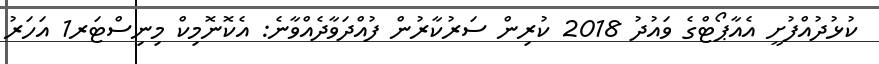
ކުޅުދުއްފުށީ އެއާޕޯޓްގެ ވައުދު 2018 ކުރިން ސަރުކާރުން ފުއްދަވާދެއްވާނެ: އެކޮނޮމިކް މިނިސްޓަރ1 އަހަރު